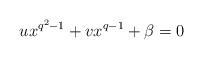
LaTeX: \begin{align*}ux^{q^2-1}+vx^{q-1}+\beta=0\end{align*}